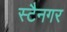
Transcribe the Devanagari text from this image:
स्टैनगर